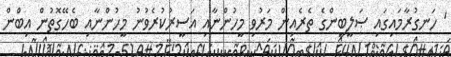
' ހަނގުރާމައިގައި ޞަލީބީންގެ ތެރެއިން މަރުވި މީހުންނާއި އަސީރުކުރެވުނު މީހުންނާއި ބެހޭގޮތުން އިބްން